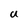
Character: U